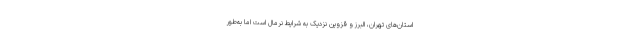
استان‌های تهران، البرز و قزوین نزدیک به شرایط نرمال است اما به‌طور